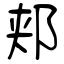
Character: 郏